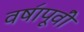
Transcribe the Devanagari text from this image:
वषा॔पूवी॔